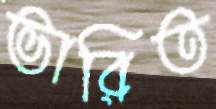
ভারিত